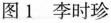
图1 李时珍